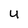
Character: u